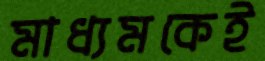
মাধ্যমকেই